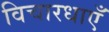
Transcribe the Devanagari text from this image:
विचारधाएँ